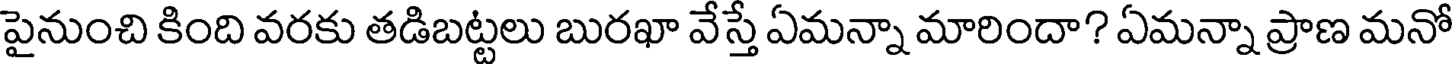
పైనుంచి కింది వరకు తడిబట్టలు బురఖా వేస్తే ఏమన్నా మారిందా? ఏమన్నా ప్రాణ మనో